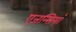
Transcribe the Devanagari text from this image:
एजन्सियाँ